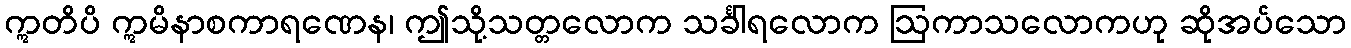
ဣတိပိ ဣမိနာစကာရဏေန၊ ဤသို့သတ္တလောက သင်္ခါရလောက ဩကာသလောကဟု ဆိုအပ်သော